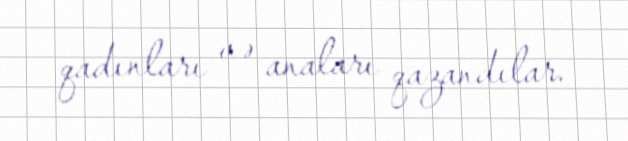
qadınları və anaları qazandılar.